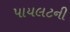
પાયલટની